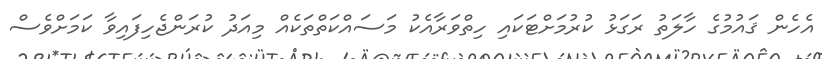
އެހެން ޤައުމުގެ ހާލަތު ރަގަޅު ކުރުމަށްޓަކައި ހިތްވަރާއެކު މަސައްކަތްތަކެއް މިއަދު ކުރަންޖެހިފައިވާ ކަމަށްވެސް